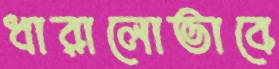
ধারালোভাবে